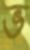
ভ